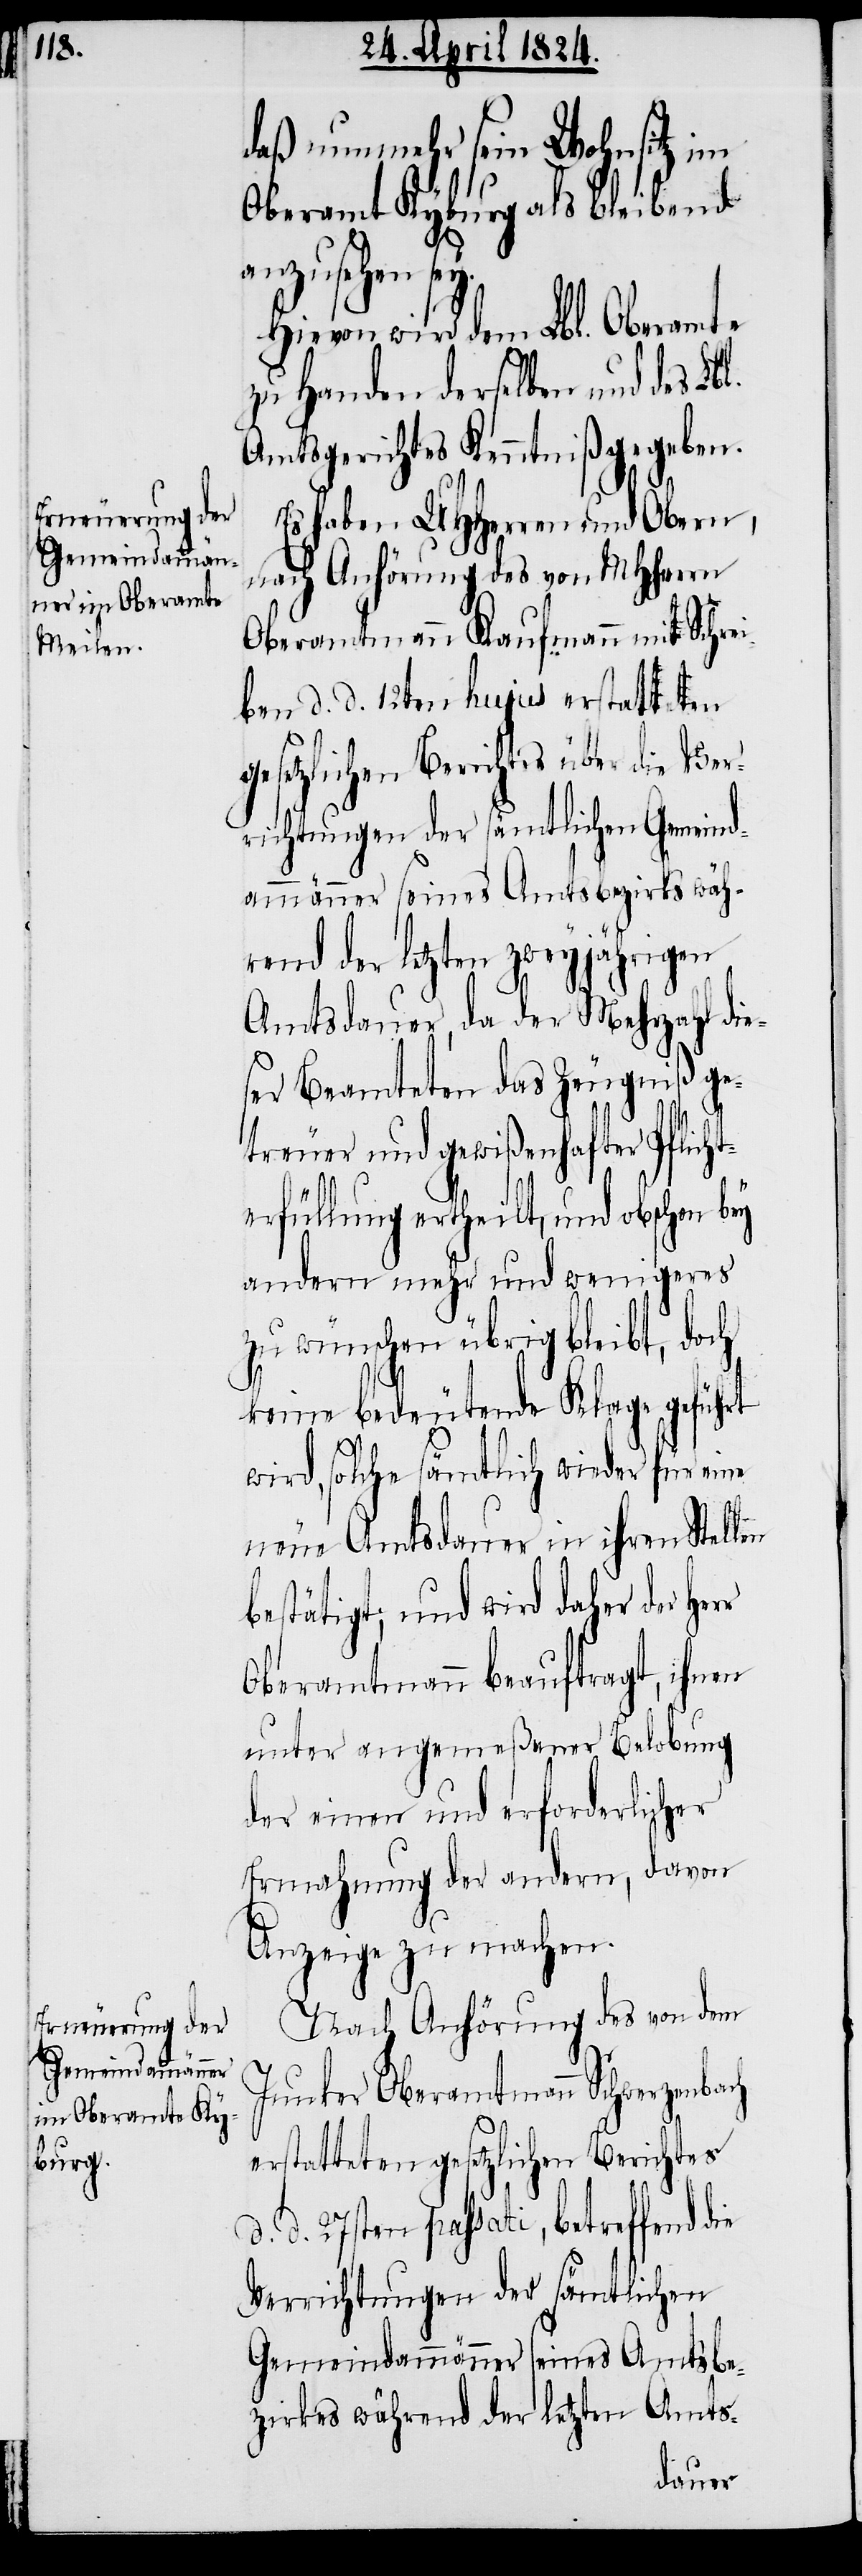
g¬
Gemeindammän¬

daß nunmehr sein Wohnsitz im
Oberamt Kyburg als bleibend
anzusehen sey.
Hievon wird dem Lbl. Oberamte
zu Handen derselben und des Lbl.
Amtsgerichts Kenntniß gegeben.
Es haben UHHerren und Obern,
nach Anhörung des von MHHerrn
Oberamtmann Kaufmann mit Schrei¬
ben d. d. 12ten hujus erstatteten
esetzlichen Berichtes über die
ner seines Amtsbezirks wäh¬
rend der letzten zweyjährigen
Amtsdauer, da der Mehrzahl die¬
ser Beamteten das Zeugniß ge¬
treuer und gewißenhafter Pflicht¬
erfüllung ertheilt, und obschon bey
andern mehr und wenigeres
zu wünschen übrig bleibt, doch
keine bedeutende Klage geführt
wird, solche sämtlich wieder für eine
neue Amtsdauer in ihren Stellen
bestätigt, und wird daher der
Oberamtmann beauftragt, ihnen
unter angemeßener Belobung
der einen und erforderlicher
Ermahnung der andern, davon
Anzeige zu machen.
Nach Anhörung des von dem
Junker Oberamtmann Schwarzenbach
erstatteten gesetzlichen Berichtes
d. d. 27sten passati, betreffend
Verrichtungen der sämtlichen
Gemeindammänner seines Amtsbe¬
zirkes während der letzten Amts-